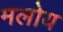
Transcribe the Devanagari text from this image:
मलोय